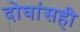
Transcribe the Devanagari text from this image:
दोघांसही